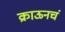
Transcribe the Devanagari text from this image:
क्राऊनचं